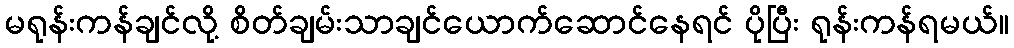
မရုန်းကန်ချင်လို့ စိတ်ချမ်းသာချင်ယောက်ဆောင်နေရင် ပိုပြီး ရုန်းကန်ရမယ်။